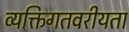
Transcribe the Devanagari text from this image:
व्यक्तिगतवरीयता